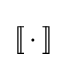
[\![\,\cdot \,]\!]\!